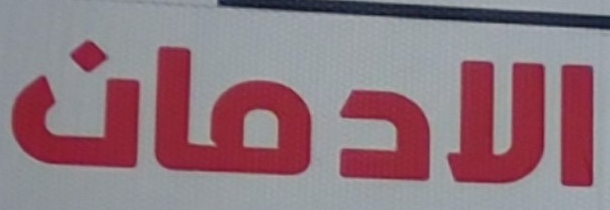
الادمان